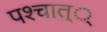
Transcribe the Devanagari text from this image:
पश्चात््